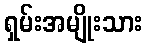
ရှမ်းအမျိုးသား